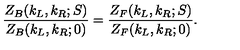
{ \frac { Z _ { B } ( k _ { L } , k _ { R } ; S ) } { Z _ { B } ( k _ { L } , k _ { R } ; 0 ) } } = { \frac { Z _ { F } ( k _ { L } , k _ { R } ; S ) } { Z _ { F } ( k _ { L } , k _ { R } ; 0 ) } } .